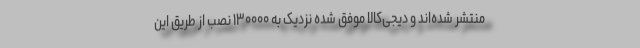
منتشر شده‌اند و دیجی‌کالا موفق شده نزدیک به ۱۳۰۰۰۰ نصب از طریق این